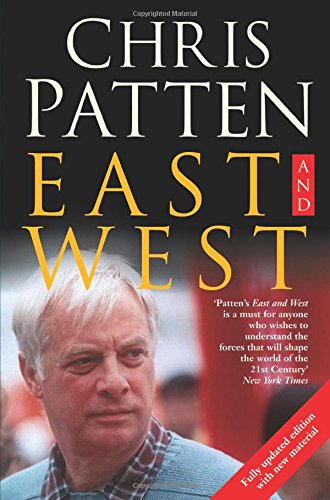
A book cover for East and West; Chris Patten; History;